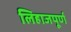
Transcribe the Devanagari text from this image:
लिहाजपूर्ण